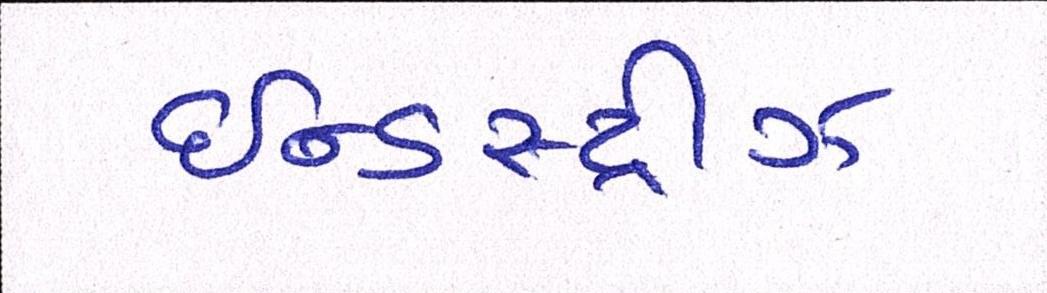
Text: ઈન્ડસ્ટ્રીઝ